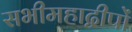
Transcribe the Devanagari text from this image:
सभीमहाद्वीपों